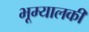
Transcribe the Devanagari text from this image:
भूम्यालकी